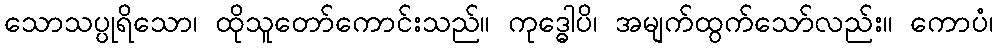
သောသပ္ပုရိသော၊ ထိုသူတော်ကောင်းသည်။ ကုဒ္ဓေါပိ၊ အမျက်ထွက်သော်လည်း။ ကောပံ၊